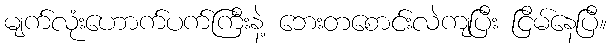
မျက်လုံးဟောက်ပက်ကြီးနဲ့ ဘေးတစောင်းလဲကျပြီး ငြိမ်နေပြီ။